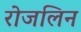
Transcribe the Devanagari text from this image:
रोजलिन